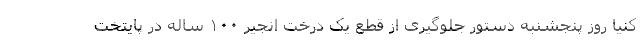
کنیا روز پنجشنبه دستور جلوگیری از قطع یک درخت انجیر ۱۰۰ ساله در پایتخت